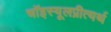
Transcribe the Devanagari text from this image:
चॉइस्यूलप्रीत्यर्थ